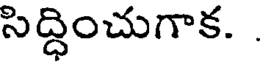
సిద్ధించుగాక. .